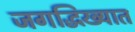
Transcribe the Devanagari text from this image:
जगद्धिख्यात